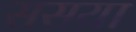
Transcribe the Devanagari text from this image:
ससया